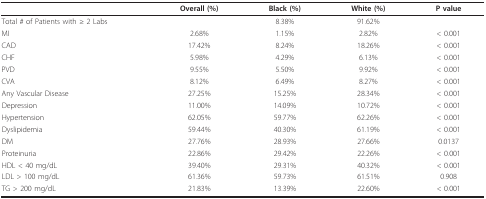
|  | Overall (%) | Black (%) | White (%) | P value |
 | --- | --- | --- | --- | --- |
 | Total # of Patients with ≥ 2 Labs |  | 8.38% | 91.62% |  |
 | MI | 2.68% | 1.15% | 2.82% | < 0.001 |
 | CAD | 17.42% | 8.24% | 18.26% | < 0.001 |
 | CHF | 5.98% | 4.29% | 6.13% | < 0.001 |
 | PVD | 9.55% | 5.50% | 9.92% | < 0.001 |
 | CVA | 8.12% | 6.49% | 8.27% | < 0.001 |
 | Any Vascular Disease | 27.25% | 15.25% | 28.34% | < 0.001 |
 | Depression | 11.00% | 14.09% | 10.72% | < 0.001 |
 | Hypertension | 62.05% | 59.77% | 62.26% | < 0.001 |
 | Dyslipidemia | 59.44% | 40.30% | 61.19% | < 0.001 |
 | DM | 27.76% | 28.93% | 27.66% | 0.0137 |
 | Proteinuria | 22.86% | 29.42% | 22.26% | < 0.001 |
 | HDL < 40 mg/dL | 39.40% | 29.31% | 40.32% | < 0.001 |
 | LDL > 100 mg/dL | 61.36% | 59.73% | 61.51% | 0.908 |
 | TG > 200 mg/dL | 21.83% | 13.39% | 22.60% | < 0.001 |